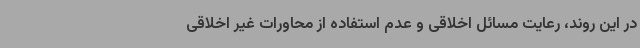
در این روند، رعایت مسائل اخلاقی و عدم استفاده از محاورات غیر اخلاقی